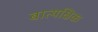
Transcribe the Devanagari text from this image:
बात्यक्षिक